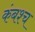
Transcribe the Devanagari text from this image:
कंबश्च